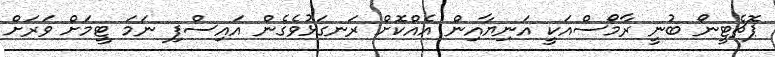
ޕޮޗެޓީނޯ ބުނީ ރާމޯސްއަކީ އަނިޔާއިން އެއްކޮށް ރަނގަޅުވެގެން އައިސްފި ނަމަ ޓީމަށް ވަރަށް